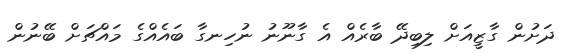
ދަށުން ގާޒީއަށް ލިބިދޭ ބާރެއް އެ ގާނޫނު ނުހިނގާ ބައެއްގެ މައްޗަށް ބޭނުން